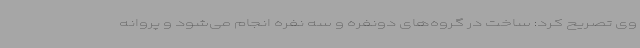
وی تصریح کرد: ساخت در گروه‌های دونفره و سه نفره انجام می‌شود و پروانه